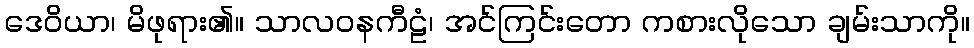
ဒေဝိယာ၊ မိဖုရား၏။ သာလဝနကီဠံ၊ အင်ကြင်းတော ကစားလိုသော ချမ်းသာကို။